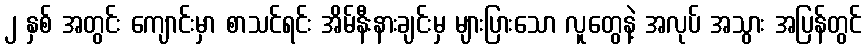
၂ နှစ် အတွင်း ကျောင်းမှာ စာသင်ရင်း အိမ်နီးနားချင်းမှ များပြားသော လူတွေနဲ့ အလုပ် အသွား အပြန်တွင်